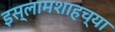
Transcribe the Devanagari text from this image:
इस्लामशाहच्या